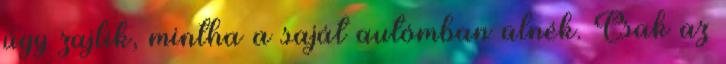
úgy zajlik, mintha a saját autómban ülnék. Csak az